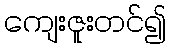
ကျေးဇူးတင်၍